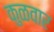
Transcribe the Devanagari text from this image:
कुळवार